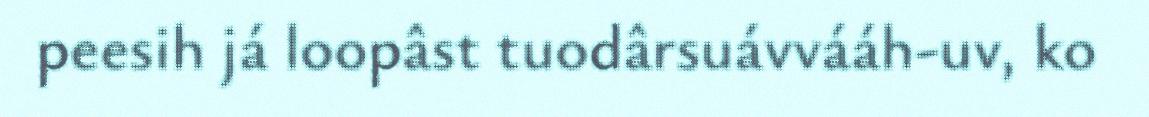
peesih já loopâst tuodârsuávvááh-uv, ko